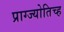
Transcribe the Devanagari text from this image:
प्राग्ज्योतिच्ह